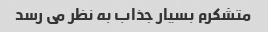
متشکرم بسیار جذاب به نظر می رسد